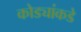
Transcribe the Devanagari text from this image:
कोड्यांकडे